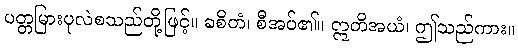
ပတ္တမြားပုလဲစသည်တို့ဖြင့်။ ခစိတံ၊ စီအပ်၏။ ဣတိအယံ၊ ဤသည်ကား။